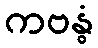
ကဗန္ဓံ